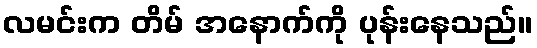
လမင်းက တိမ် အနောက်ကို ပုန်းနေသည်။